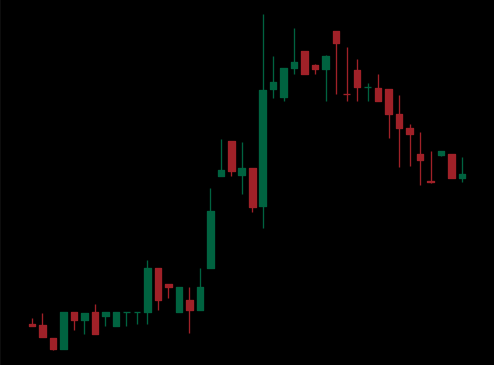
Pattern: bear_flag